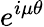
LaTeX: e^{i\mu\theta}